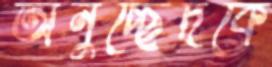
অনুচ্ছেদকে